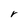
Character: r